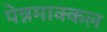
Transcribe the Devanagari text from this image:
पेन्नमाक्कल